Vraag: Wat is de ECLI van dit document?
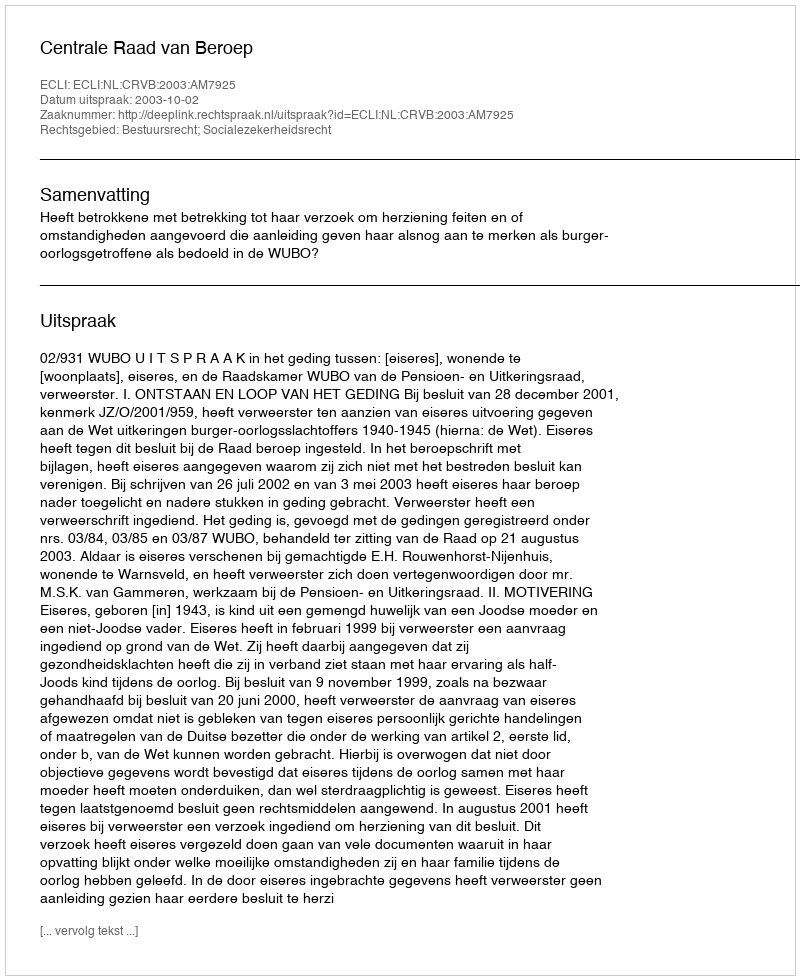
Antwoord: ECLI:NL:CRVB:2003:AM7925